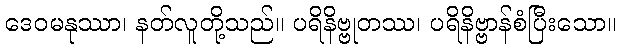
ဒေဝမနုဿာ၊ နတ်လူတို့သည်။ ပရိနိဗ္ဗုတဿ၊ ပရိနိဗ္ဗာန်စံပြီးသော။